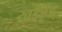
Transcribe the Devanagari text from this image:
खडहड्